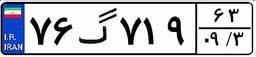
۷۶گ۷۱۹۶۳